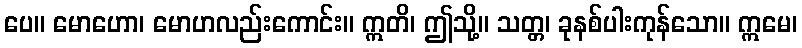
ပေ။ မောဟော၊ မောဟလည်းကောင်း။ ဣတိ၊ ဤသို့။ သတ္တ၊ ခုနစ်ပါးကုန်သော။ ဣမေ၊